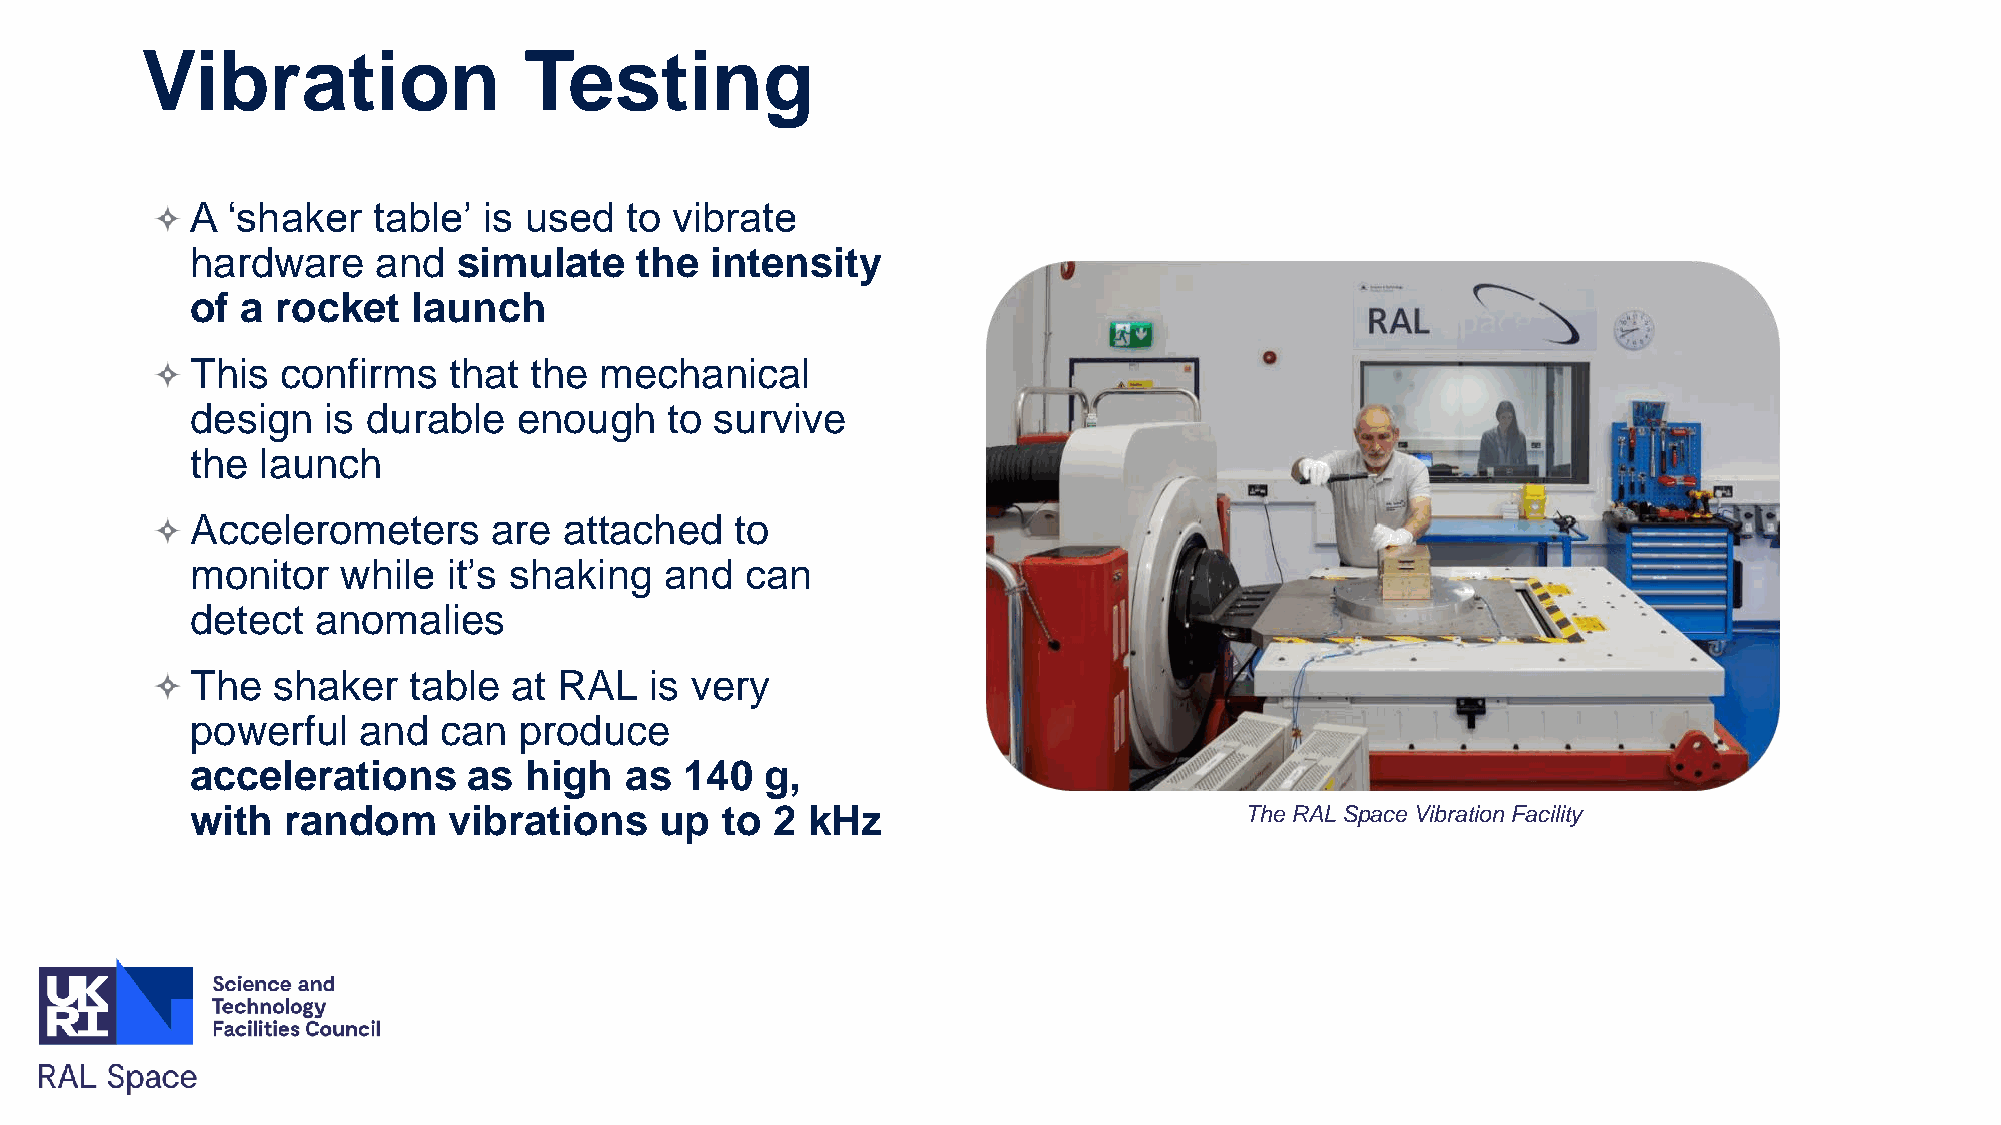
Vibration                 Testing
 A ‘shaker   table’ is used  to vibrate
 hardware    and  simulate    the  intensity
 of a rocket   launch
 This  confirms   that the  mechanical
 design  is durable   enough    to survive
 the launch
 Accelerometers     are  attached    to
 monitor   while  it’s shaking  and  can
 detect  anomalies
 The  shaker   table  at RAL   is very
 powerful   and  can  produce
 accelerations     as  high  as  140   g,
 with  random     vibrations    up  to 2 kHz                          The RAL Space Vibration Facility